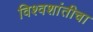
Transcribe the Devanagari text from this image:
विश्वशांतीचा